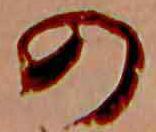
の